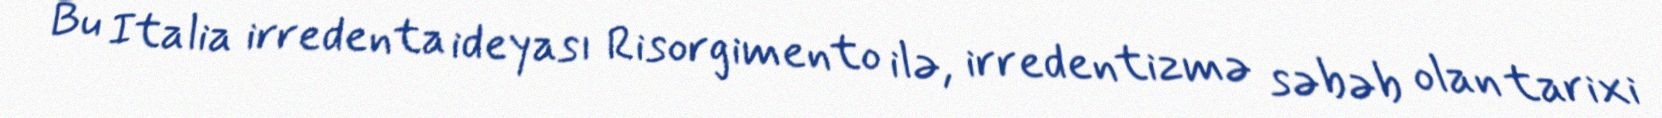
Bu Italia irredenta ideyası Risorgimento ilə, irredentizmə səbəb olan tarixi